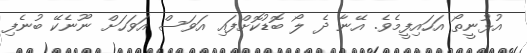
އުޅުނީތޯ އަހައިފީމެވެ. އޭނާ ދެ ލޯ ބޮޑުކޮށްފައި އަވަސް އަވަހަށް ނޫނެކޭ ބުނެފި